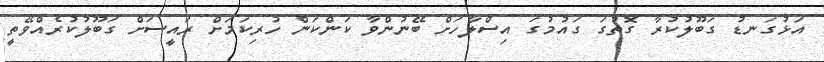
އަޅުގަނޑު ގަބޫލުކުރާ ގޮތުގަ ގައުމުގަ އިސްލާހަށް ބޭނުންވާ ކަންކަން ހުރިކަމަށް ރައީސަށް ގަބޫލުކުރެއްވޭތީ